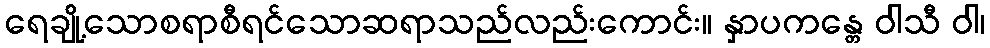
ရေချို့သောစရာစီရင်သောဆရာသည်လည်းကောင်း။ နှာပကန္တေ ဝါသီ ဝါ၊